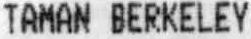
TAMAN BERKELEY